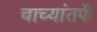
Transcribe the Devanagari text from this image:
चाच्यांतर्फे